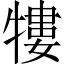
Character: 𤛠